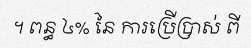
។ ពន្ធ ៤% នៃ ការប្រើប្រាស់ ពី